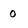
Character: 0